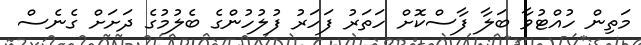
މަތިން ހުއްޓުވާ ބަލާ ފާސްކޮށް ހަތަރު ފަހަރު ފުލުހުންގެ ބެލުމުގެ ދަށަށް ގެނެސް